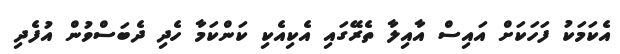
އެކަމަކު ފަހަކަށް އައިސް އާއިލާ ތެރޭގައި އެކިއެކި ކަންކަމާ ހެދި ދެބަސްވުން އުފެދި